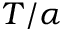
T / \alpha